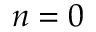
n = 0